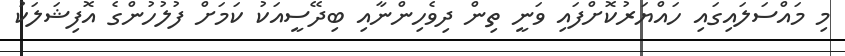
މި މައްސަލައިގައި ހައްޔަރުކޮށްފައި ވަނީ ތިން ދިވެހިންނާއި ބިދޭސީއަކު ކަމަށް ފުލުހުންގެ އޮފިޝަލަކު